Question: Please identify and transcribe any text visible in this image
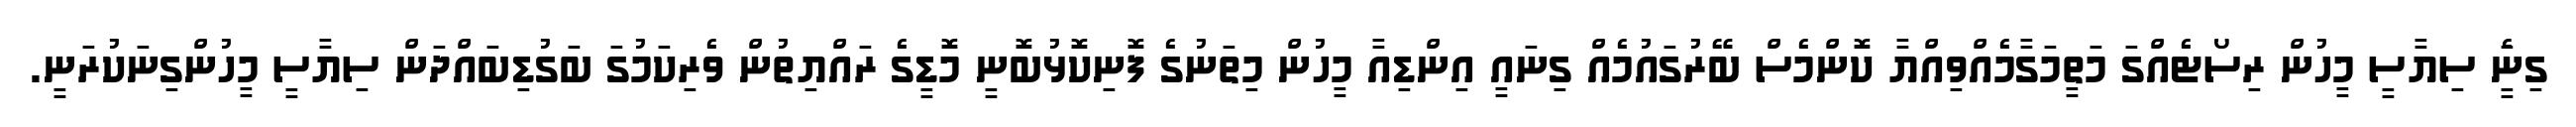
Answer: ގިނަެީ ސިޔާސީ މީހުން ރިސޯޓެއްގަ މަތީމަގާމެއްވިއްޔާ ކޮންމެސް ބޭރުގައުމެއް ގިނައީ އިންޑިއާ މީހުން މިތަނުގެ ފޮނިކޮޅުބޮނީ މޮޑީގެ ރައްޔިތުން ވެރިކަމުގަ ބަގުޑިބައްދަން ސިޔާސީ މީހުންގިނަކުރަނީ.